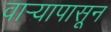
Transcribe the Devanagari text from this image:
वार्‍यापासून